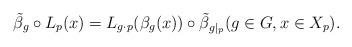
LaTeX: \begin{align*}\tilde\beta_g\circ L_p(x)=L_{g\cdot p}(\beta_g(x))\circ \tilde\beta_{g|_p}(g\in G, x\in X_p).\end{align*}